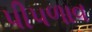
પી૫ળાવ